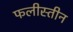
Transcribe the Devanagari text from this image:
फलीस्‍तीन